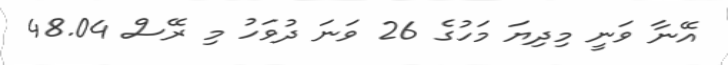
އޭނާ ވަނީ މިދިޔަ މަހުގެ 26 ވަނަ ދުވަހު މި ރޭސް 48.04